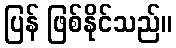
ပြန် ဖြစ်နိုင်သည်။